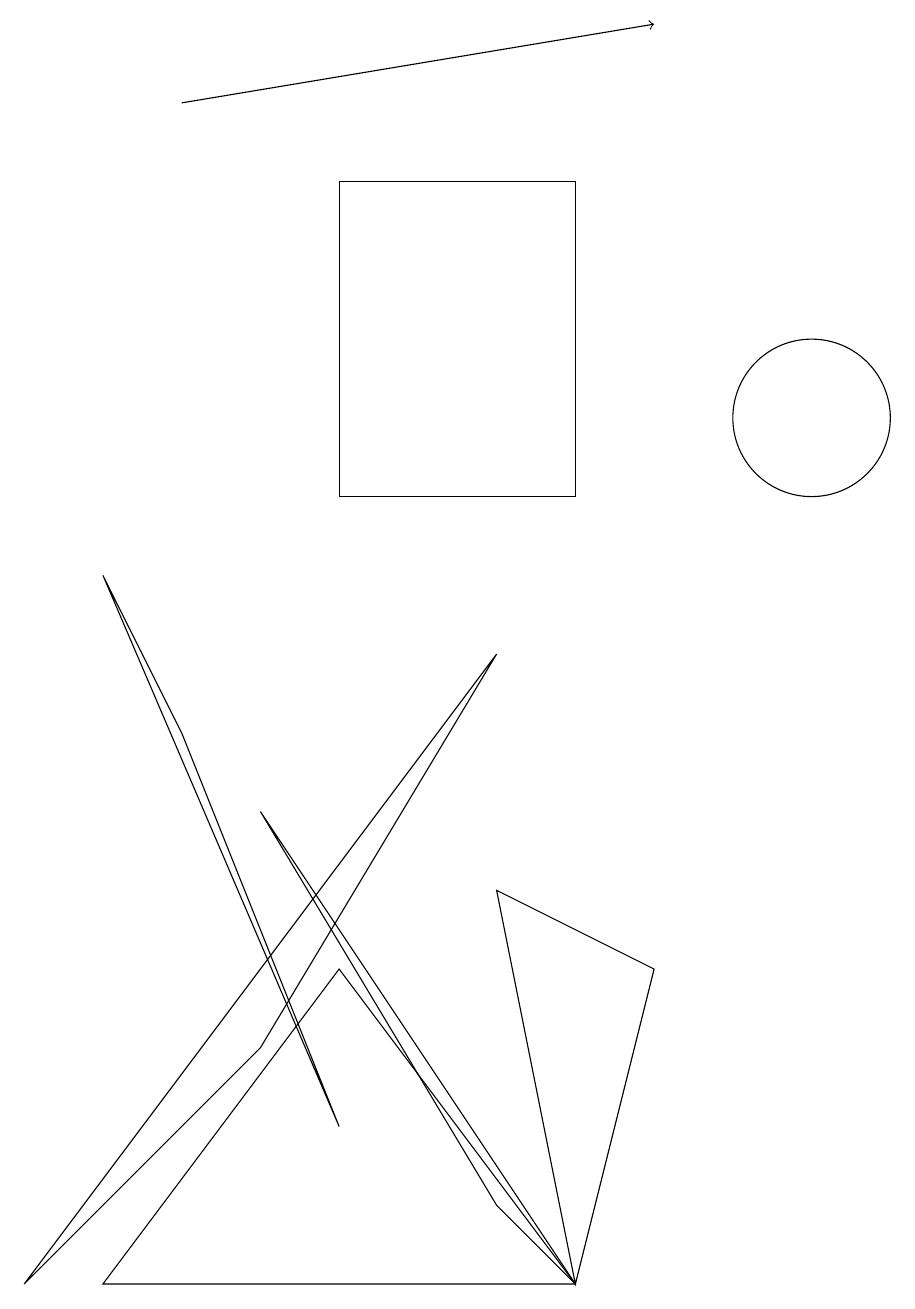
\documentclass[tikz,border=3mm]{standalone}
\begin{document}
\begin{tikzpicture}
\draw (3,6) -- (6,1) -- (7,0) -- cycle;
\draw (7,0) -- (6,5) -- (8,4) -- cycle;
\draw (4,4) -- (1,0) -- (7,0) -- cycle;
\draw[->] (2,15) -- (8,16);
\draw (4,14) rectangle (7,10);
\draw (0,0) -- (6,8) -- (3,3) -- cycle;
\draw (10,11) circle (1);
\draw (2,7) -- (1,9) -- (4,2) -- cycle;
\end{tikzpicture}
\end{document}